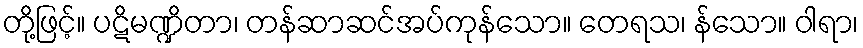
တို့ဖြင့်။ ပဋိမဏ္ဍိတာ၊ တန်ဆာဆင်အပ်ကုန်သော။ တေရသ၊ န်သော။ ဝါရာ၊